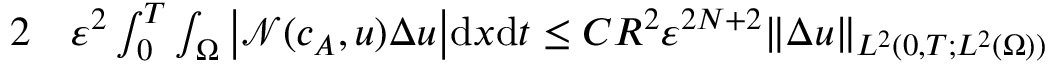
\begin{array} { r l } { { 2 } } & { { } \ensuremath { \varepsilon } ^ { 2 } \int _ { 0 } ^ { T } \int _ { \Omega } \big | \mathcal { N } ( c _ { A } , u ) \Delta u \big | \mathrm { d } x \mathrm { d } t \leq C R ^ { 2 } \ensuremath { \varepsilon } ^ { 2 N + 2 } \| \Delta u \| _ { L ^ { 2 } ( 0 , T ; L ^ { 2 } ( \Omega ) ) } } \end{array}